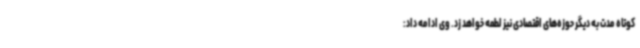
کوتاه مدت به دیگر حوزه‌های اقتصادی نیز لطمه خواهد زد. وی ادامه داد: